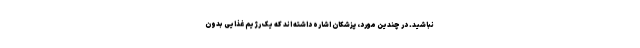
نباشید. در چندین مورد، پزشکان اشاره داشته اند که یک رژیم غذایی بدون